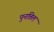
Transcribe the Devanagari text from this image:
पुनत्तिल